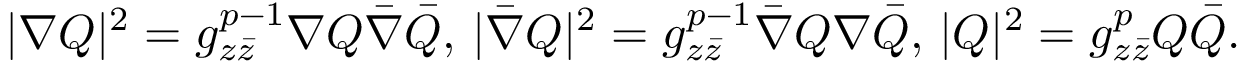
| \nabla Q | ^ { 2 } = g _ { z \bar { z } } ^ { p - 1 } \nabla Q \bar { \nabla } \bar { Q } , \, | \bar { \nabla } Q | ^ { 2 } = g _ { z \bar { z } } ^ { p - 1 } \bar { \nabla } Q \nabla \bar { Q } , \, | Q | ^ { 2 } = g _ { z \bar { z } } ^ { p } Q \bar { Q } .